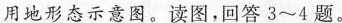
用地形态示意图。读图，回答3~4题。